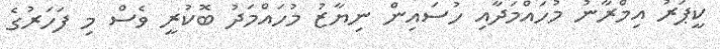
ކީޕަރު އިމްރާނު މުހައްމަދާއި ހުސައިން ނިޔާޒު މުހައްމަދު ބޮކުރީ ވެސް މި ފަހަރުގެ